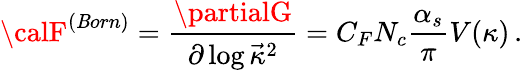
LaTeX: {\calF}^{(\mathit{B}orn)}={\frac{{\partialG}}{{\partial\log\vec{{\kappa}}^{2}}}}=C_{F}N_{c}{\frac{{\alpha_{s}}}{{\pi}}}V(\kappa)\, .